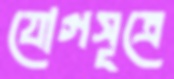
যোগসূত্রে